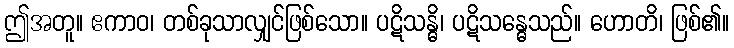
ဤအတူ။ ဧကာဝ၊ တစ်ခုသာလျှင်ဖြစ်သော။ ပဋိသန္ဓိ၊ ပဋိသန္ဓေသည်။ ဟောတိ၊ ဖြစ်၏။